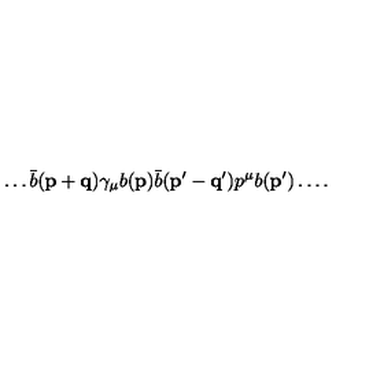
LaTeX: \dots { \bar { b } ( { \mathbf { p + q } } ) \gamma _ { \mu } } { b ( { \mathbf { p } } ) } { \bar { b } ( { \mathbf { p ^ { \prime } - q ^ { \prime } } } ) p ^ { \mu } } b ( \mathbf { p ^ { \prime } } ) \dots .